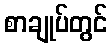
စာချုပ်တွင်